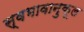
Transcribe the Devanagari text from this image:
स्वभावानुकूल